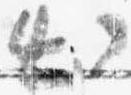
出